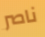
ناصر